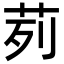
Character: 茢